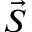
\vec { S }